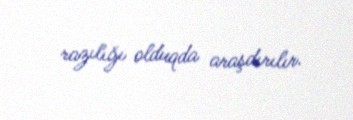
razılığı olduqda araşdırılır.